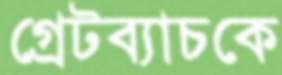
গ্রেটব্যাচকে